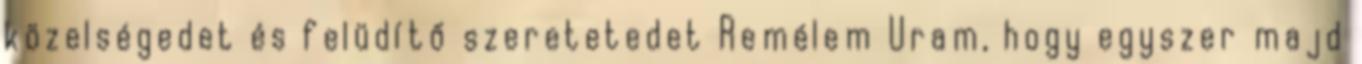
közelségedet és felüdítő szeretetedet Remélem Uram, hogy egyszer majd